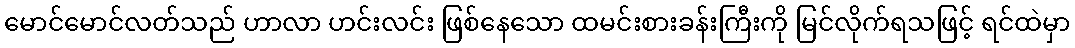
မောင်မောင်လတ်သည် ဟာလာ ဟင်းလင်း ဖြစ်နေသော ထမင်းစားခန်းကြီးကို မြင်လိုက်ရသဖြင့် ရင်ထဲမှာ